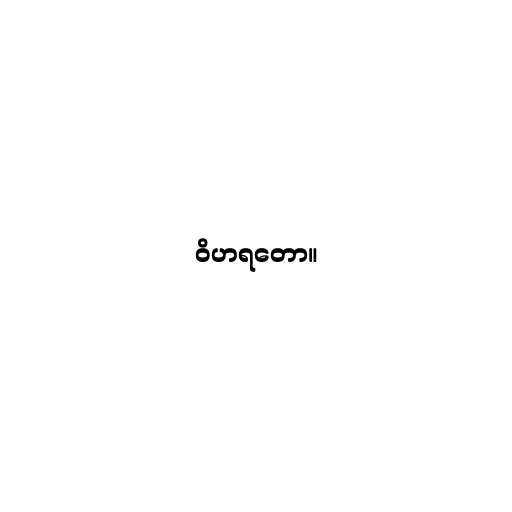
ဝိဟရတော။